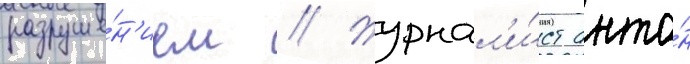
разруше́н'ием // Журнал'и́ст анто́н